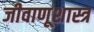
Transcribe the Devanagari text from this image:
जीवाणूशास्त्र